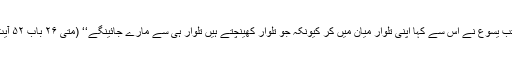
’’ تب یسوع نے اُس سے کہا اپنی تلوار میان میں کر کیونکہ جو تلوار کھینچتے ہیں تلوار ہی سے مارے جائینگے‘‘ (متی ۲۶ باب ۵۲ آیت)۔